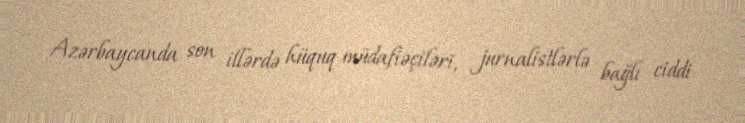
Azərbaycanda son illərdə hüquq müdafiəçiləri, jurnalistlərlə bağlı ciddi